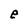
Character: e